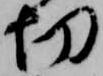
切